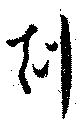
刻